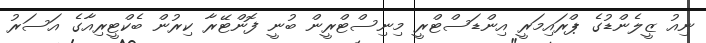
ނިއު ޒީލެންޑުގެ ޕްރައިމަރީ އިންޑަސްޓްރީ މިނިސްޓްރީން ބުނީ ފޮންޓޭރާ ކިރުން ބެކްޓީރިއާގެ އަސަރު